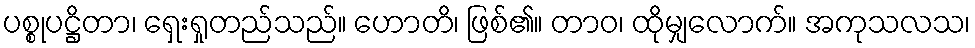
ပစ္စုပဋ္ဌိတာ၊ ရှေးရှုတည်သည်။ ဟောတိ၊ ဖြစ်၏။ တာဝ၊ ထိုမျှလောက်။ အကုသလသ၊